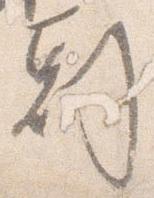
剋